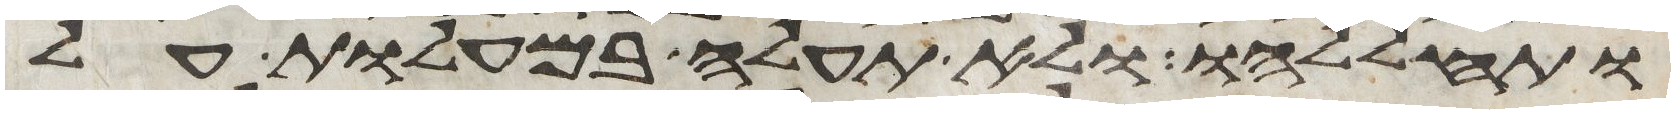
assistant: ותחללהו ולא תעלה במעלות על